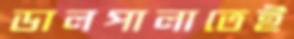
ডালপালাতেই